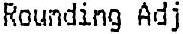
ROUNDING ADJ